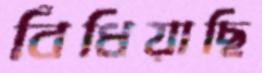
বিঁধিয়াছি